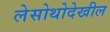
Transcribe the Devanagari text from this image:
लेसोथोदेखील